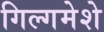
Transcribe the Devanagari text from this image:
गिल्गमेशे